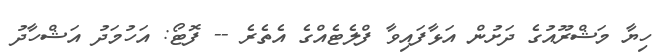
ހިޔާ މަޝްރޫއުގެ ދަށުން އަޅާފައިވާ ފްލެޓެއްގެ އެތެރެ -- ފޮޓޯ: އަހުމަދު އަޝްހާދު